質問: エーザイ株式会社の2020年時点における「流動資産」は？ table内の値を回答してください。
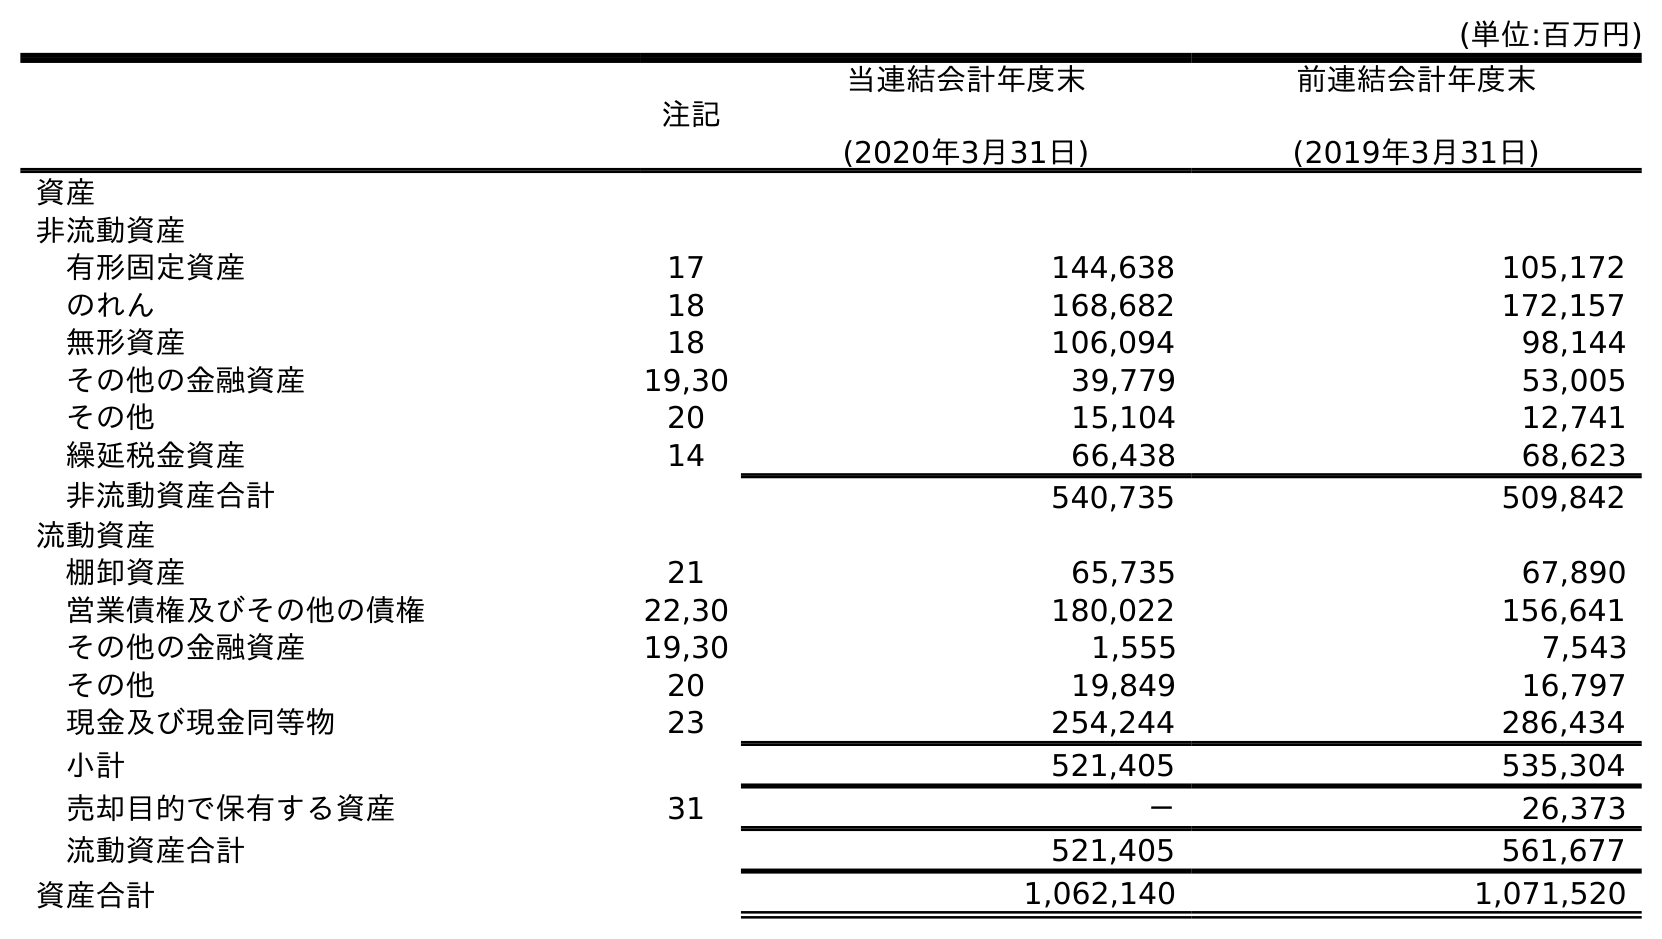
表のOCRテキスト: (単位:百万円) 注記 当連結会計年度末 (2020年3月31日) 前連結会計年度末 (2019年3月31日) 資産 非流動資産 有形固定資産 17 144,638 105,172 のれん 18 168,682 172,157 無形資産 18 106,094 98,144 その他の金融資産 19,30 39,779 53,005 その他 20 15,104 12,741 繰延税金資産 14 66,438 68,623 非流動資産合計 540,735 509,842 流動資産 棚卸資産 21 65,735 67,890 営業債権及びその他の債権 22,30 180,022 156,641 その他の金融資産 19,30 1,555 7,543 その他 20 19,849 16,797 現金及び現金同等物 23 254,244 286,434 小計 521,405 535,304 売却目的で保有する資産 31 － 26,373 流動資産合計 521,405 561,677 資産合計 1,062,140 1,071,520
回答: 521,405